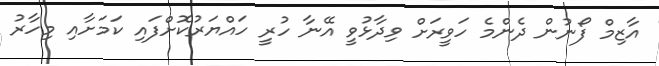
އާޒިމް ފޯނުން ދެންމެ ހަވީރަށް ވިދާޅުވީ އޭނާ ހުރީ ހައްޔަރުކޮށްފައި ކަމަށާއި މިހާރު